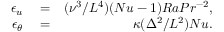
\begin{array} { r l r } { \epsilon _ { u } } & { { } = } & { ( { \nu ^ { 3 } } / { L ^ { 4 } } ) ( N u - 1 ) R a P r ^ { - 2 } , } \\ { \epsilon _ { \theta } } & { { } = } & { \kappa ( { \Delta ^ { 2 } } / { L ^ { 2 } } ) N u . } \end{array}